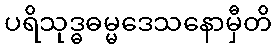
ပရိသုဒ္ဓဓမ္မဒေသနောမှီတိ